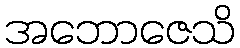
အဘောဇေသိ